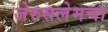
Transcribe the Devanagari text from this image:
जेरुसलेमचा